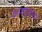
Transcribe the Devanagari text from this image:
कायदयांचा